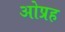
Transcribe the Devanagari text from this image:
ओप्रह